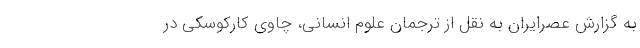
به گزارش عصرایران به نقل از ترجمان علوم انسانی، چاوی کارکوسکی در